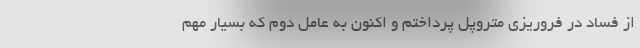
از فساد در فروریزی متروپل پرداختم و اکنون به عامل دوم که بسیار مهم